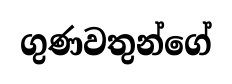
ගුණවතුන්ගේ